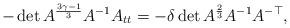
LaTeX: \begin{align*}- \det{A}^{\frac{3\gamma-1}3} A^{-1}A_{tt} = -\delta \det{A}^{\frac23}A^{-1}A^{-\top},\end{align*}